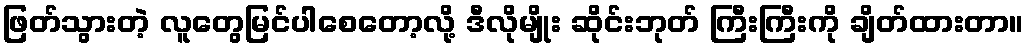
ဖြတ်သွားတဲ့ လူတွေမြင်ပါစေတော့လို့ ဒီလိုမျိုး ဆိုင်းဘုတ် ကြီးကြီးကို ချိတ်ထားတာ။